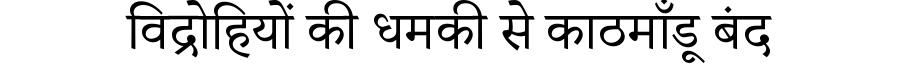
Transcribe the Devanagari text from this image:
विद्रोहियों की धमकी से काठमाँडू बंद